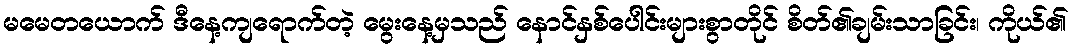
မမေတယောက် ဒီနေ့ကျရောက်တဲ့ မွေးနေ့မှသည် နောင်နှစ်ပေါင်းများစွာတိုင် စိတ်၏ချမ်းသာခြင်း၊ ကိုယ်၏